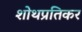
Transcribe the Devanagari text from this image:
शोथप्रतिकर